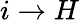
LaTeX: i\to{H}